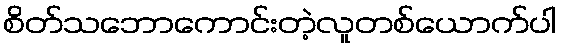
စိတ်သဘောကောင်းတဲ့လူတစ်ယောက်ပါ